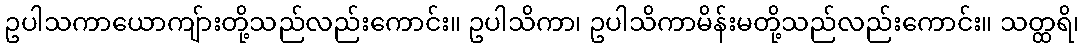
ဥပါသကာယောကျ်ားတို့သည်လည်းကောင်း။ ဥပါသိကာ၊ ဥပါသိကာမိန်းမတို့သည်လည်းကောင်း။ သတ္ထရိ၊